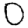
Digit: 0